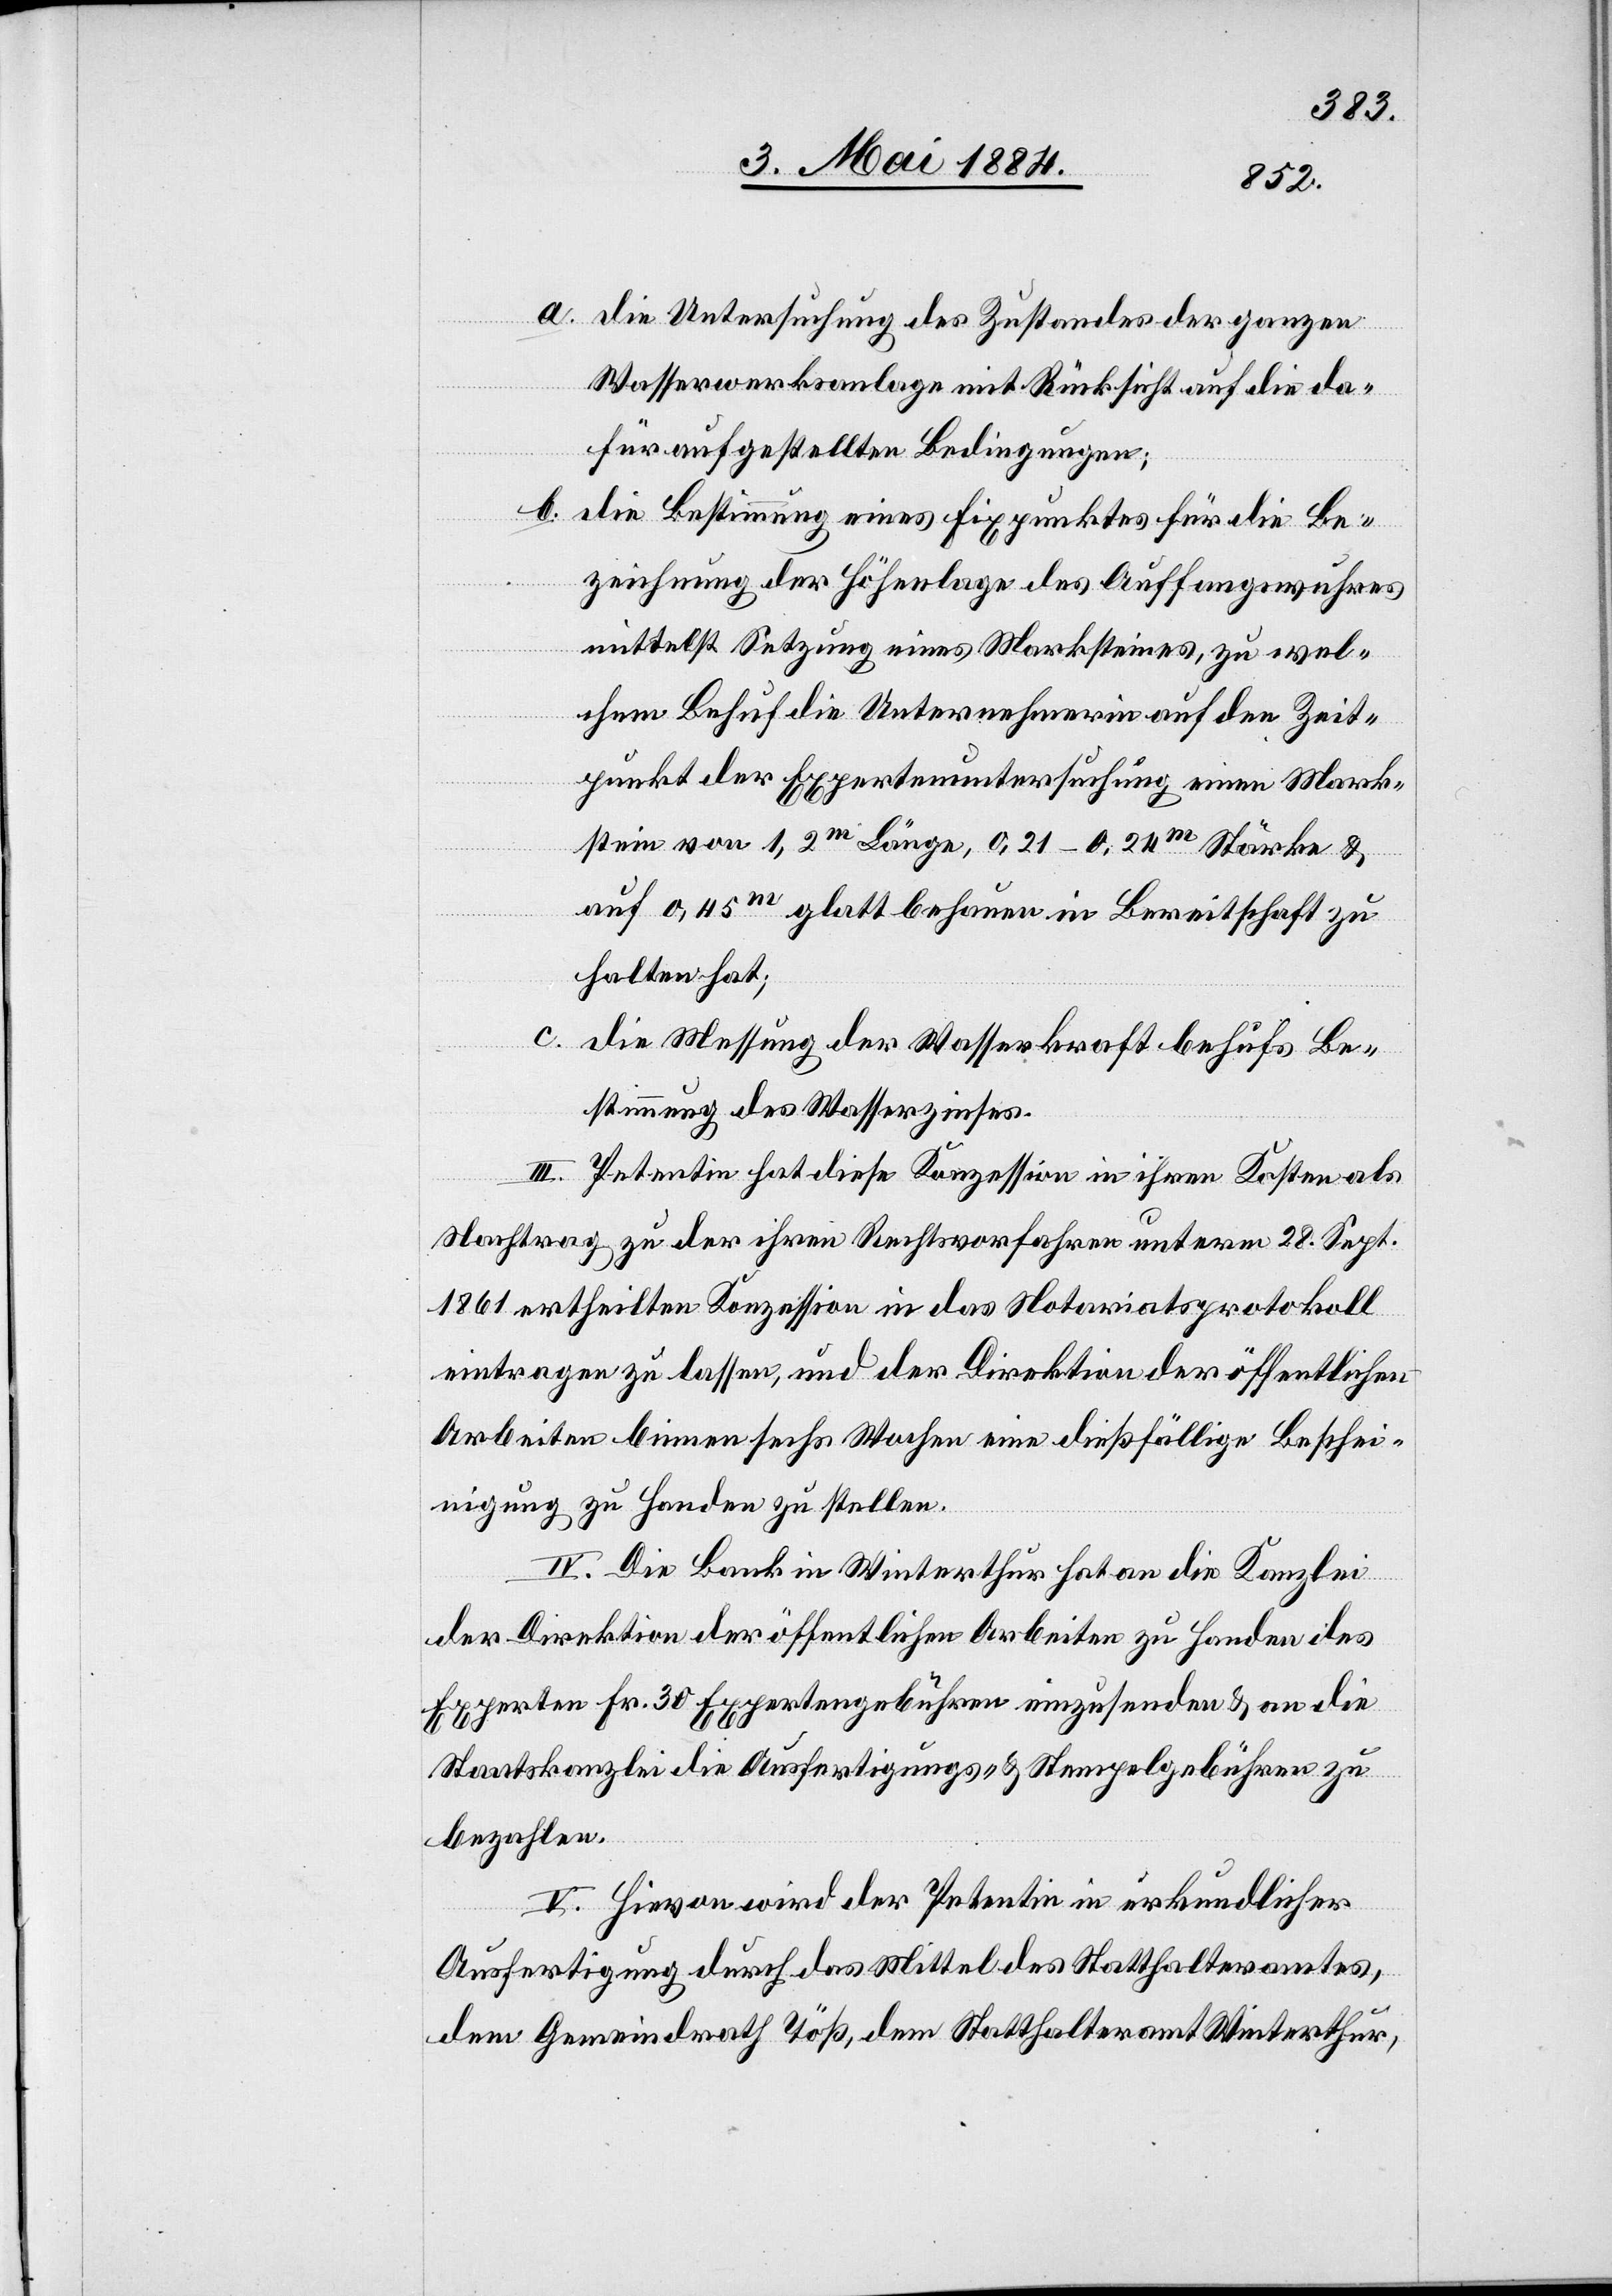
a. die Untersuchung des Zustandes der ganzen
Wasserwerksanlage mit Rücksicht auf die da¬
für aufgestellten Bedingungen;
b. die Bestimmung eines Fixpunktes für die Be¬
zeichnung der Höhenlage des Auffangswuhres
mittelst Setzung eines Marksteines, zu wel¬
chem Behuf die Unternehmerin auf den Zeit¬
punkt der Expertenuntersuchung einen Mark¬
stein von 1,2m Länge, 0,21–0,24m Stärke &
auf 0,45m glatt behauen in Bereitschaft zu
halten hat;
c. die Messung der Wasserkraft behufs Be¬
stimmung des Wasserzinses.
III. Petentin hat diese Konzession in ihren Kosten als
Nachtrag zu der ihren Rechtsvorfahren unterm 28. Sept.
1861 ertheilten Konzession in das Notariatsprotokoll
eintragen zu lassen, und der Direktion der öffentlichen
Arbeiten binnen sechs Wochen eine dießfällige Beschei¬
nigung zu Handen zu stellen.
IV. Die Bank in Winterthur hat an die Kanzlei
der Direktion der öffentlichen Arbeiten zu Handen des
Experten Fr. 30 Expertengebühren einzusenden & an die
Staatskanzlei die Ausfertigungs- & Stempelgebühren zu
bezahlen.
V. Hievon wird der Petentin in urkundlicher
Ausfertigung durch das Mittel des Statthalteramtes,
dem Gemeindrath Töß, dem Statthalteramt Winterthur,